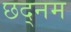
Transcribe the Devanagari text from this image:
छद्नम